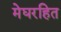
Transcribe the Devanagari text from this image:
मेघरहित